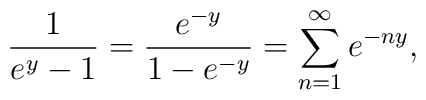
\frac{1}{e^y-1}=\frac{e^{-y}}{1-e^{-y}}=\sum_{n=1}^\infty e^{-ny},